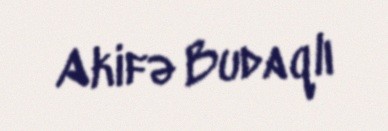
Akifə Budaqlı